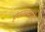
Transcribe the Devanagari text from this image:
हंगामाप्रमाणे